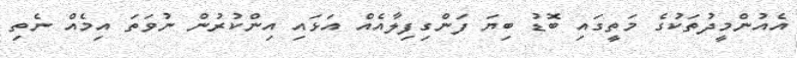
އެއުންމީދުތަކުގެ މަތީގައި ބޮޑު ބިޔަ ފަންގިފިލާއެއް އަޅައި އިންކުރުން ނުވަތަ އިމެއް ނެތި